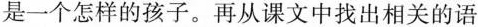
是一个怎样的孩子。再从课文中找出相关的语